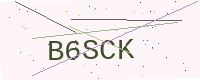
Text: B6SCK